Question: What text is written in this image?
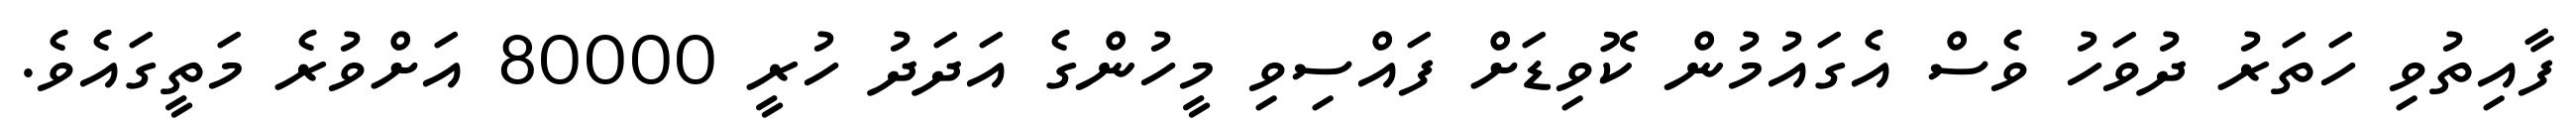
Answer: ފާއިތުވި ހަތަރު ދުވަހު ވެސް އެގައުމުން ކޮވިޑަށް ފައްސިވި މީހުންގެ އަދަދު ހުރީ 80000 އަށްވުރެ މަތީގައެވެ.